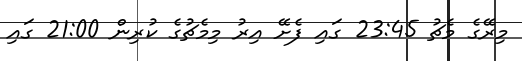
މިރޭގެ މެޗު 23:45 ގައި ފެށޭ އިރު މިމެޗުގެ ކުރިން 21:00 ގައި